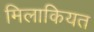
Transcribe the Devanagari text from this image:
मिलाकियत